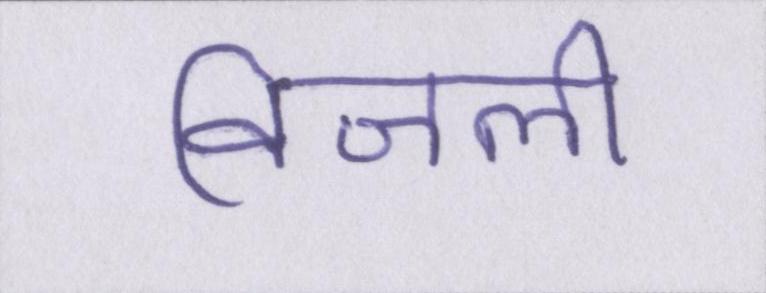
विजली